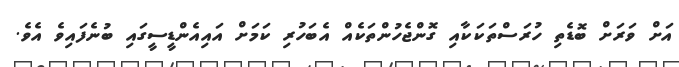
އަށް ވަރަށް ބޮޑެތި ހުރަސްތަކަކާއި ގޮންޖެހުންތަކެއް އެބަހުރި ކަމަށް އައިއެންޑީސީގައި ބުނެފައިވެ އެވެ.